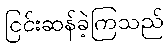
ငြင်းဆန်ခဲ့ကြသည်